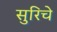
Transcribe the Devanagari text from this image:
सुरिचे